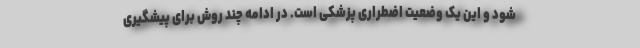
شود و این یک وضعیت اضطراری پزشکی است. در ادامه چند روش برای پیشگیری